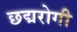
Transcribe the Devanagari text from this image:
छद्मरोगी